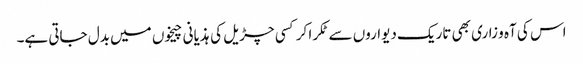
اس کی آہ و زاری بھی تاریک دیواروں سے ٹکرا کر کسی چڑیل کی ہذیانی چیخوں میں بدل جاتی ہے۔